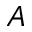
A